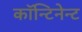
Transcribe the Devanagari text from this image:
कॉन्टिनेन्ट